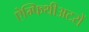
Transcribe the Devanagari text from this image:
ऐम्फिथीअटरों